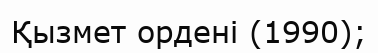
Қызмет ордені (1990);